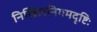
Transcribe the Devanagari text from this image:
निखिलनिगमदृष्टिः